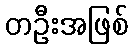
တဦးအဖြစ်